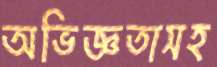
অভিজ্ঞতাসহ